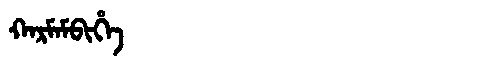
Manchu: ᡴᠠᡵᠮᠠᠮᠪᡳᡥᡝ
Romanization: KARMAMBIHE